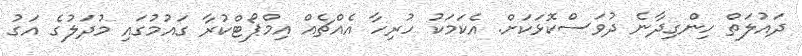
ދައުލަތް ހިންގިދާނެ ދުވަސްކޮޅަކަށް. އެކަމަކު ހުރިހާ އެއްޗެއް އިމްޕޯޓްކުރާ ގައުމުގައި މުދަލުގެ އަގު